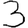
Digit: 3